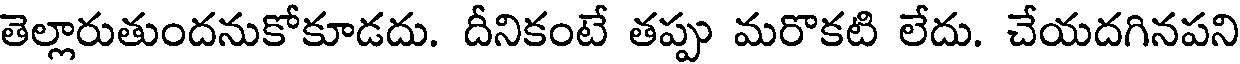
తెల్లారుతుందనుకోకూడదు. దీనికంటే తప్పు మరొకటి లేదు. చేయదగినపని